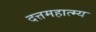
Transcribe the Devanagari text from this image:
दत्तमहात्म्य